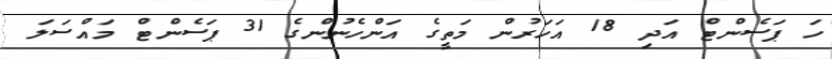
ހަ ޕަސެންޓް އަދި 18 އަހަރުން މަތީގެ އަންހެނުންގެ 31 ޕަސެންޓް މައްސަލަ